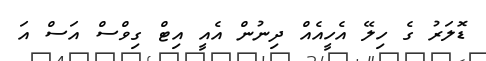
ޑޮލަރު ގެ ހިލޭ އެހީއެއް ދިނުން އެއީ އިޓް ގިވްސް އަސް އަ